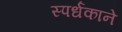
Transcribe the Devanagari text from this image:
स्पर्धकाने